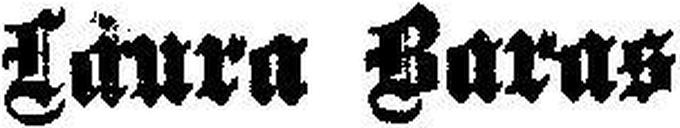
Laura Baras